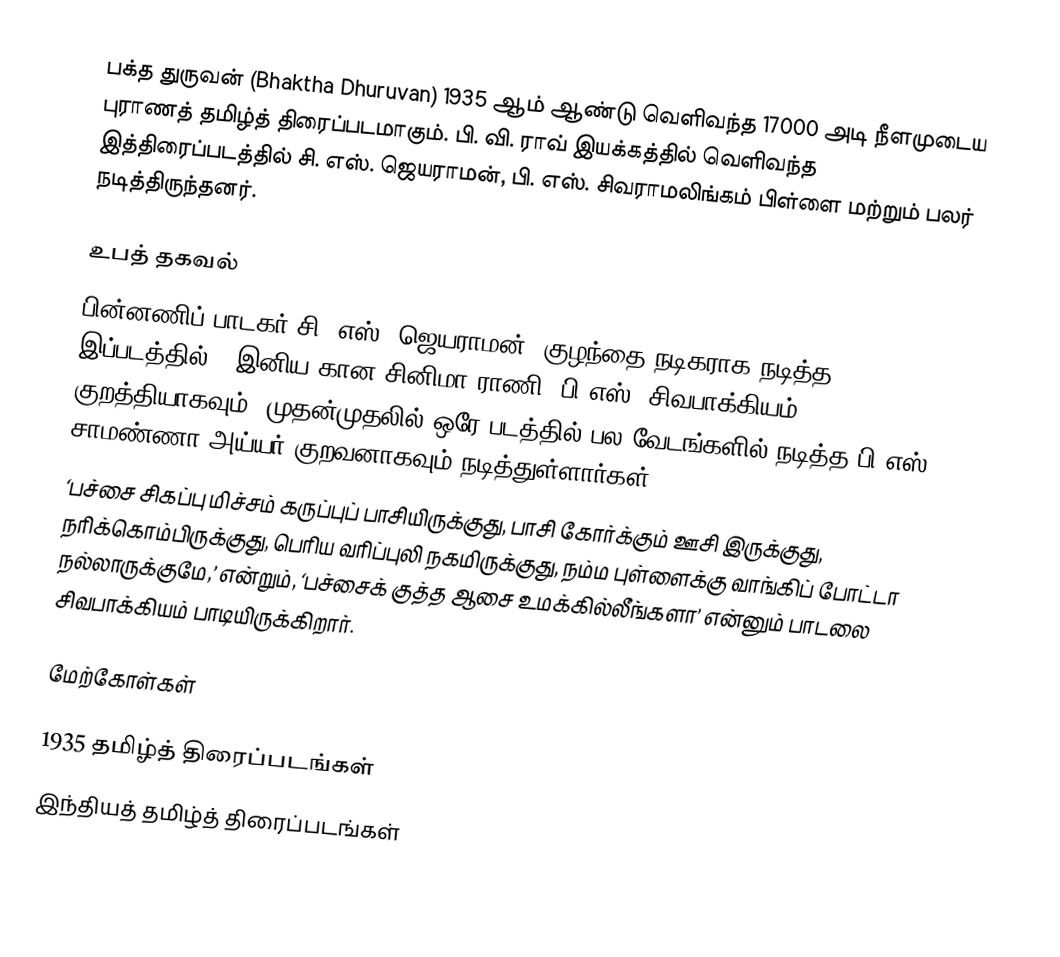
பக்த துருவன் (Bhaktha Dhuruvan) 1935 ஆம் ஆண்டு வெளிவந்த 17000 அடி நீளமுடைய புராணத் தமிழ்த் திரைப்படமாகும். பி. வி. ராவ் இயக்கத்தில் வெளிவந்த இத்திரைப்படத்தில் சி. எஸ். ஜெயராமன், பி. எஸ். சிவராமலிங்கம் பிள்ளை மற்றும் பலர் நடித்திருந்தனர்.

உபத் தகவல்
பின்னணிப் பாடகர் சி. எஸ். ஜெயராமன், குழந்தை நடிகராக நடித்த இப்படத்தில், ‘இனிய கான சினிமா ராணி’ பி.எஸ். சிவபாக்கியம் குறத்தியாகவும், முதன்முதலில் ஒரே படத்தில் பல வேடங்களில் நடித்த பி.எஸ். சாமண்ணா அய்யர் குறவனாகவும் நடித்துள்ளார்கள்.
‘பச்சை சிகப்பு மிச்சம் கருப்புப் பாசியிருக்குது, பாசி கோர்க்கும் ஊசி இருக்குது, நரிக்கொம்பிருக்குது, பெரிய வரிப்புலி நகமிருக்குது, நம்ம புள்ளைக்கு வாங்கிப் போட்டா நல்லாருக்குமே,’ என்றும், ‘பச்சைக் குத்த ஆசை உமக்கில்லீங்களா’ என்னும் பாடலை சிவபாக்கியம் பாடியிருக்கிறார்.

மேற்கோள்கள்

1935 தமிழ்த் திரைப்படங்கள்
இந்தியத் தமிழ்த் திரைப்படங்கள்